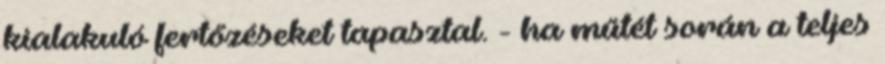
kialakuló fertőzéseket tapasztal. - ha műtét során a teljes